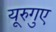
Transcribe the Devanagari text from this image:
यूरुगुए